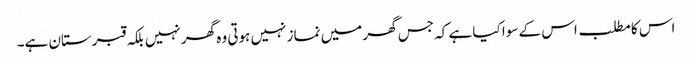
اس کا مطلب اس کے سوا کیا ہے کہ جس گھر میں نماز نہیں ہوتی وہ گھر نہیں بلکہ قبرستان ہے۔